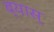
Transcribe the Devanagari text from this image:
ब्यास्